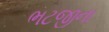
ભટજીના